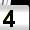
Digit: 4